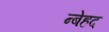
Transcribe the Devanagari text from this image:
न्बेहद